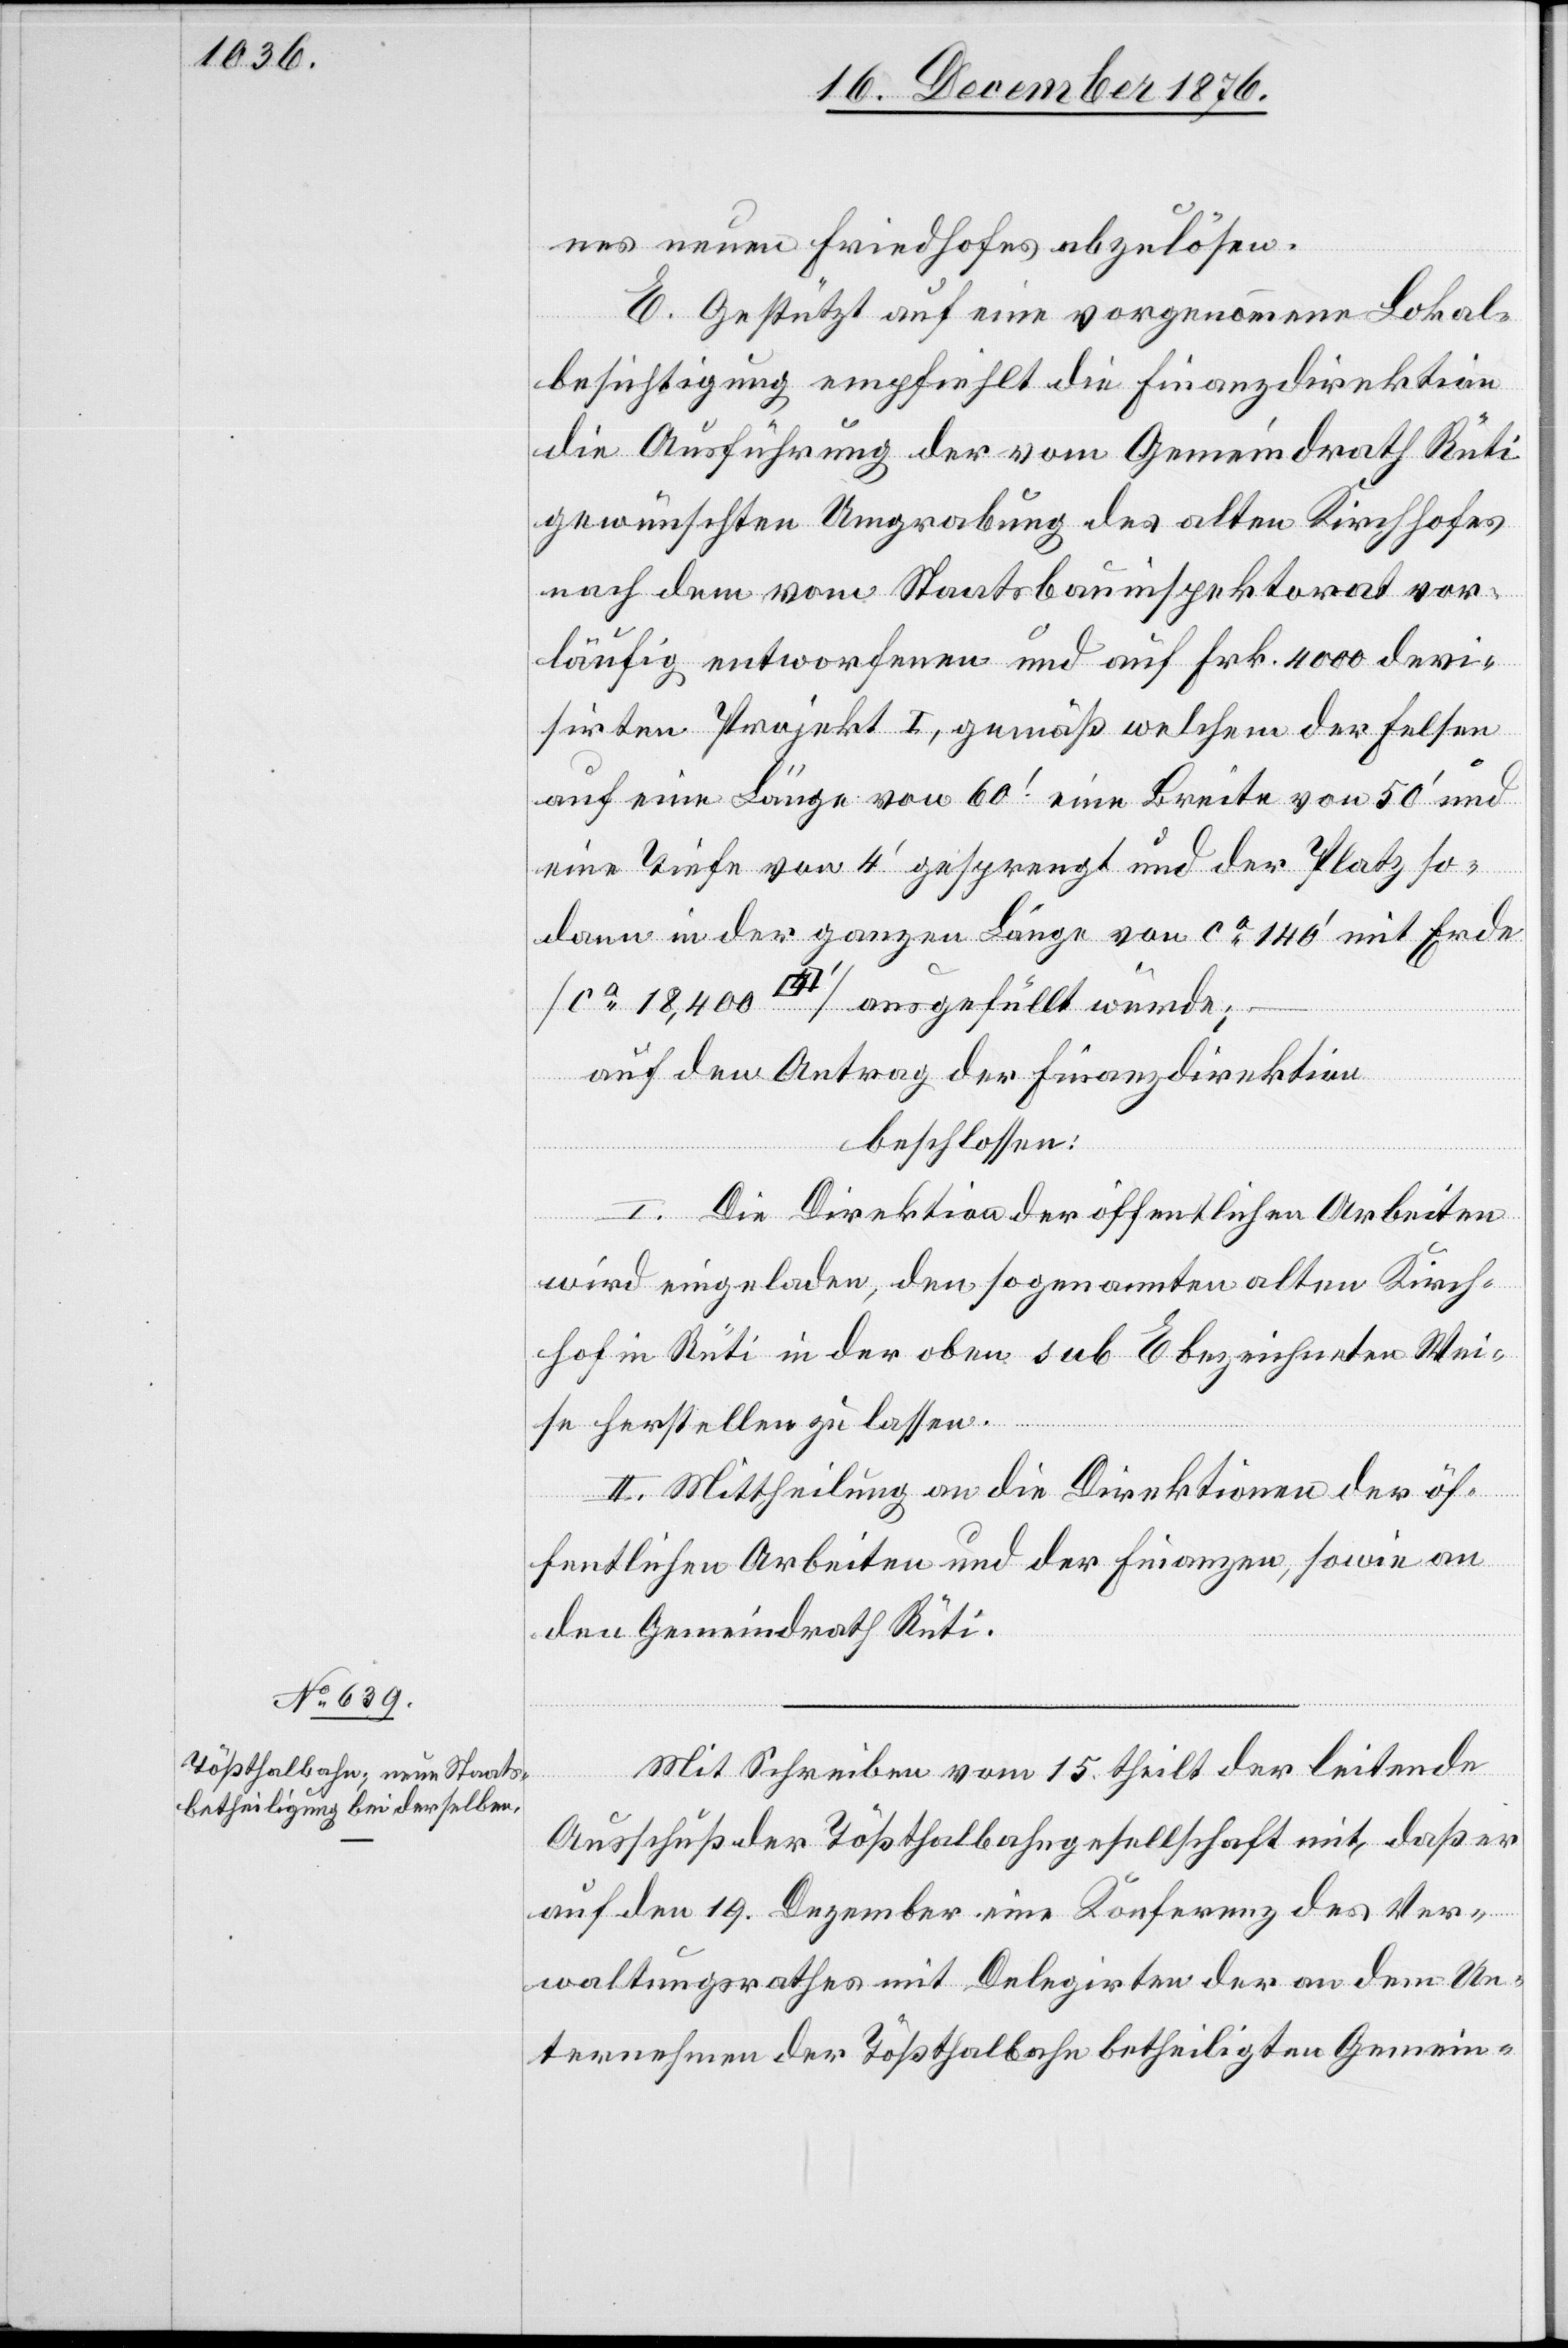
nes neuen Friedhofes abzulösen.
E. Gestützt auf eine vorgenommene Lokal¬
besichtigung empfiehlt die Finanzdirektion
die Ausführung der vom Gemeindrath Rüti
gewünschten Umgrabung des alten Kirchhofes
nach dem vom Staatsbauinspektorat vor¬
läufig entworfenen und auf Frk. 4000 devi¬
sirten Projekt I, gemäß welchem der Felsen
auf eine Länge von 60‘ eine Breite von 50‘ und
eine Tiefe von 4‘ gesprengt und der Platz so¬
dann in der ganzen Länge von ca 140‘ mit Erde
[ca 18,400
ausgefüllt würde;
auf den Antrag der Finanzdirektion
beschlossen:
I. Die Direktion der öffentlichen Arbeiten
wird eingeladen, den sogenannten alten Kirch¬
hof in Rüti in der oben sub E bezeichneten Wei¬
se herstellen zu lassen.
II. Mittheilung an die Direktionen der öf¬
fentlichen Arbeiten und der Finanzen, sowie an
den Gemeindrath Rüti.
Mit Schreiben vom 15. theilt der leitende
Ausschuß der Tößthalbahngesellschaft mit, daß er
auf den 19. Dezember eine Konferenz des Ver¬
waltungsrathes mit Delegirten der an dem Un¬
ternehmen der Tößthalbahn betheiligten Gemein-